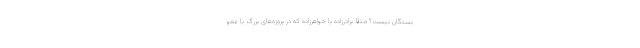
بستگان نیست؟ مثلا برادرزاده یا خواهرزاده که در پروژه‌های بزرگ با عمو